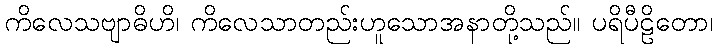
ကိလေသဗျာဓိဟိ၊ ကိလေသာတည်းဟူသောအနာတို့သည်။ ပရိပီဠိတော၊